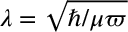
\lambda = \sqrt { \hbar / \mu \varpi }